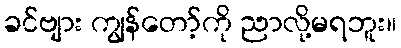
ခင်ဗျား ကျွန်တော့်ကို ညာလို့မရဘူး။